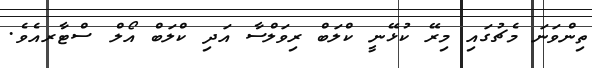
ތިންވަނަ މެޗުގައި މިރޭ ކުޅޭނީ ކްލަބް ރިވަލްސާ އަދި ކްލަބް އޯލް ސްޓާރއެވެ.